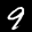
Label: 9